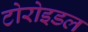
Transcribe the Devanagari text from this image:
टोरोइडल